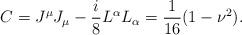
\begin{align*}C=J^{\mu}J_{\mu}-\frac{i}{8}L^{\alpha}L_{\alpha}=\frac{1}{16}(1-\nu^2).\end{align*}